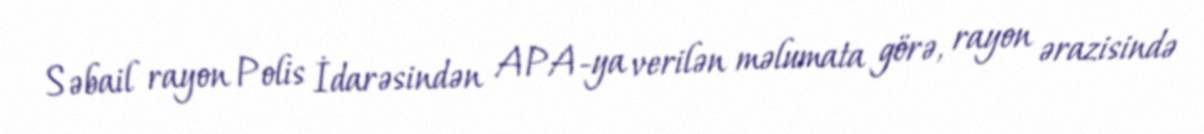
Səbail rayon Polis İdarəsindən APA-ya verilən məlumata görə, rayon ərazisində